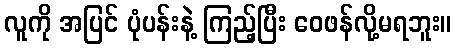
လူကို အပြင် ပုံပန်းနဲ့ ကြည့်ပြီး ဝေဖန်လို့မရဘူး။